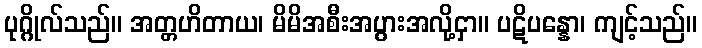
ပုဂ္ဂိုလ်သည်။ အတ္တဟိတာယ၊ မိမိအစီးအပွားအလို့ငှာ။ ပဋိပန္နော၊ ကျင့်သည်။